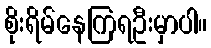
စိုးရိမ်နေကြရဦးမှာပါ။